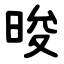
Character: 晙